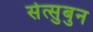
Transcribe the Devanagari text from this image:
सेत्सुबुन